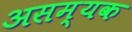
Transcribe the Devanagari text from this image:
असम्यक